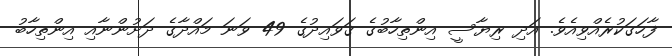
ފާހަގަކުރެއްވިއެވެ. އަދި ރިޔާސީ އިންތިހާބުގެ ޤަވައިދުގެ 49 ވަނަ މައްދާގެ ދަށުންނާއި އިންތިހާބު